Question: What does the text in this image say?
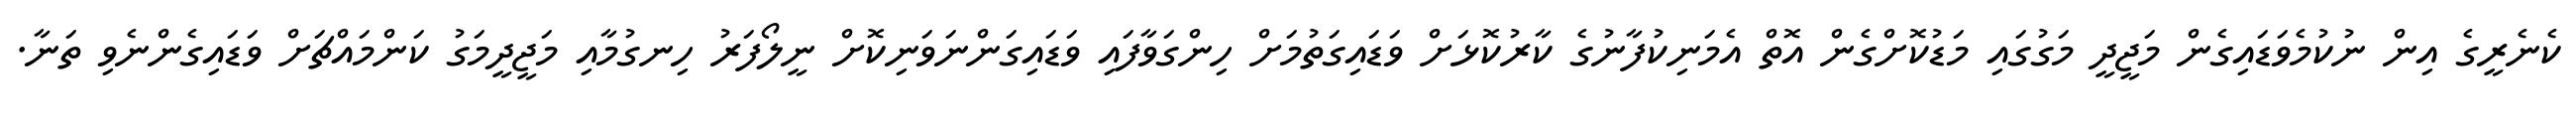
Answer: ކެނެރީގެ އިން ނުކުމެވަޑައިގެން މަޖީދީ މަގުގައި މަޑުކޮށްގެން އޮތް އެމަނިކުފާނުގެ ކާރުކޮޅަށް ވަޑައިގަތުމަށް ހިންގަވާފައި ވަޑައިގަންނަވަނިކޮށް ނީލޯފަރު ހިނގުމާއި މަޖީދީމަގު ކަންމައްޗަށް ވަޑައިގެންނެވި ތަނާ.